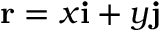
\mathbf { r } = x \mathbf { i } + y \mathbf { j }